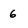
Character: 6